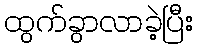
ထွက်ခွာလာခဲ့ပြီး